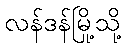
လန်ဒန်မြို့သို့